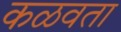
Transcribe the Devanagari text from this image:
कळवता